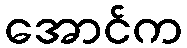
အောင်က